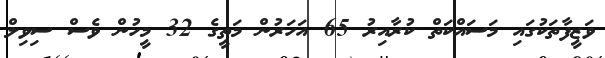
ވަޒީފާތަކުގައި މަސައްކަތް ކުރާއިރު 65 އަހަރުން މަތީގެ 32 މީހުން ވެސް ސިވިލް